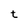
Character: t